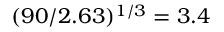
( 9 0 / 2 . 6 3 ) ^ { 1 / 3 } = 3 . 4